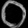
Digit: ၀